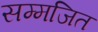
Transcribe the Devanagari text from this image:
सम्मजित